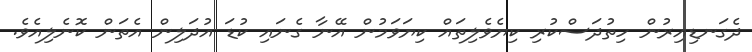
ދެގަނޑިއިރުން ހިތުދަސްކުރި ކިޔެވެލިތައް ކިޔަވަމުން އޭނާ ގެނައި ކުޑަ އުދަލިން އެތަން ކޮނެލިއެވެ.